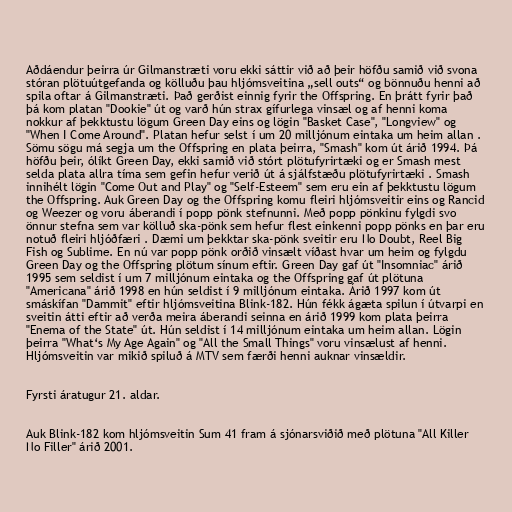
Aðdáendur þeirra úr Gilmanstræti voru ekki sáttir við að þeir höfðu samið við svona
stóran plötuútgefanda og kölluðu þau hljómsveitina „sell outs“ og bönnuðu henni að
spila oftar á Gilmanstræti. Það gerðist einnig fyrir the Offspring. En þrátt fyrir það
þá kom platan "Dookie" út og varð hún strax gífurlega vinsæl og af henni koma
nokkur af þekktustu lögum Green Day eins og lögin "Basket Case", "Longview" og
"When I Come Around". Platan hefur selst í um 20 milljónum eintaka um heim allan .
Sömu sögu má segja um the Offspring en plata þeirra, "Smash" kom út árið 1994. Þá
höfðu þeir, ólíkt Green Day, ekki samið við stórt plötufyrirtæki og er Smash mest
selda plata allra tíma sem gefin hefur verið út á sjálfstæðu plötufyrirtæki . Smash
innihélt lögin "Come Out and Play" og "Self-Esteem" sem eru ein af þekktustu lögum
the Offspring. Auk Green Day og the Offspring komu fleiri hljómsveitir eins og Rancid
og Weezer og voru áberandi í popp pönk stefnunni. Með popp pönkinu fylgdi svo
önnur stefna sem var kölluð ska-pönk sem hefur flest einkenni popp pönks en þar eru
notuð fleiri hljóðfæri . Dæmi um þekktar ska-pönk sveitir eru No Doubt, Reel Big
Fish og Sublime. En nú var popp pönk orðið vinsælt víðast hvar um heim og fylgdu
Green Day og the Offspring plötum sínum eftir. Green Day gaf út "Insomniac" árið
1995 sem seldist í um 7 milljónum eintaka og the Offspring gaf út plötuna
"Americana" árið 1998 en hún seldist í 9 milljónum eintaka. Árið 1997 kom út
smáskífan "Dammit" eftir hljómsveitina Blink-182. Hún fékk ágæta spilun í útvarpi en
sveitin átti eftir að verða meira áberandi seinna en árið 1999 kom plata þeirra
"Enema of the State" út. Hún seldist í 14 milljónum eintaka um heim allan. Lögin
þeirra "What‘s My Age Again" og "All the Small Things" voru vinsælust af henni.
Hljómsveitin var mikið spiluð á MTV sem færði henni auknar vinsældir.

Fyrsti áratugur 21. aldar.

Auk Blink-182 kom hljómsveitin Sum 41 fram á sjónarsviðið með plötuna "All Killer
No Filler" árið 2001.